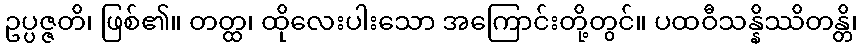
ဥပ္ပဇ္ဇတိ၊ ဖြစ်၏။ တတ္ထ၊ ထိုလေးပါးသော အကြောင်းတို့တွင်။ ပထဝီသန္နိဿိတန္တိ၊